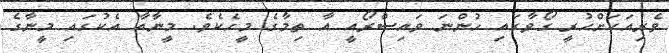
ވެރިއަކަށްހުރީ ގޯވާގައި ހުންނަ ވައިސްރޯއީ އާ ތިމާގެ މީހެކެވެ. މީނާއާ އެކުގައި މީނާގެ